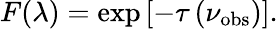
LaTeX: F(\lambda)=\exp\left[-\tau\left(\nu_{\mathrm{obs}}\right)\right].